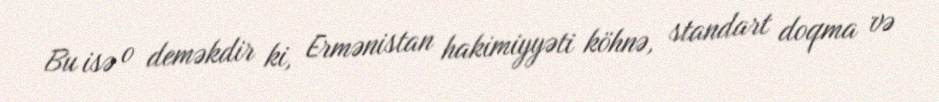
Bu isə o deməkdir ki, Ermənistan hakimiyyəti köhnə, standart doqma və